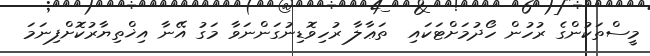
މީސްތަކުންގެ ރުހުން ހޯދުމަށްޓަކައި  ތަޢާލާ ރުހިވޮޑިނުގަންނަވާ މަގު އޭނާ އިޚްތިޔާރުކޮށްފިނަމަ